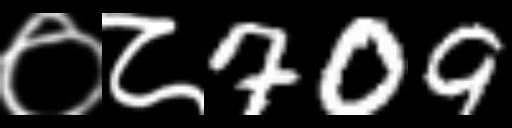
Text: ०८709